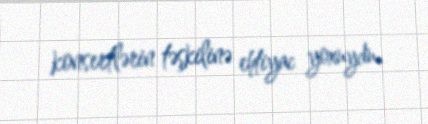
konsertlərin təşkilinə ehtiyac yoxuydu.